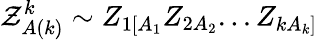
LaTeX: {\cal Z}_{A(k)}^{k}\sim Z_{1[A_{1}}Z_{2A_{2}}...Z_{kA_{k}]}